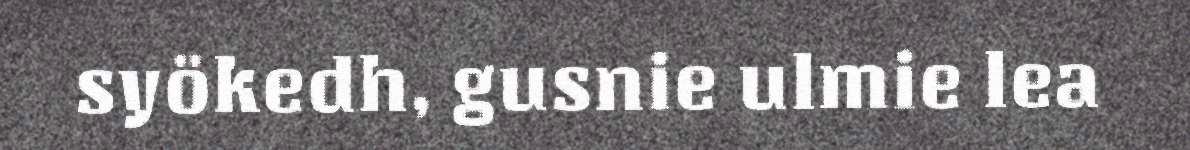
syökedh, gusnie ulmie lea